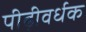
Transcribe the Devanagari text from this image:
पीढ़ीवर्धक